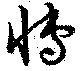
慱